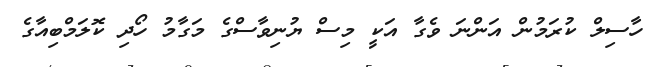
ހާސިލް ކުރަމުން އަންނަ ވެގާ އަކީ މިސް ޔުނިވާސްގެ މަގާމު ހޯދި ކޮލަމްބިއާގެ